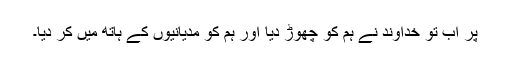
پر اب تو خُداوند نے ہم کو چھوڑ دِیا اور ہم کو مِدیانیوں کے ہاتھ میں کر دِیا۔